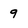
Character: 9